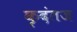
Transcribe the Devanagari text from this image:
कृदंतज